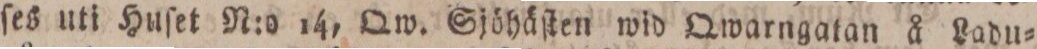
ſes uti Huſet N:o 14, Qw. Sjöhäſten wid Qwarngatan å Ladu=